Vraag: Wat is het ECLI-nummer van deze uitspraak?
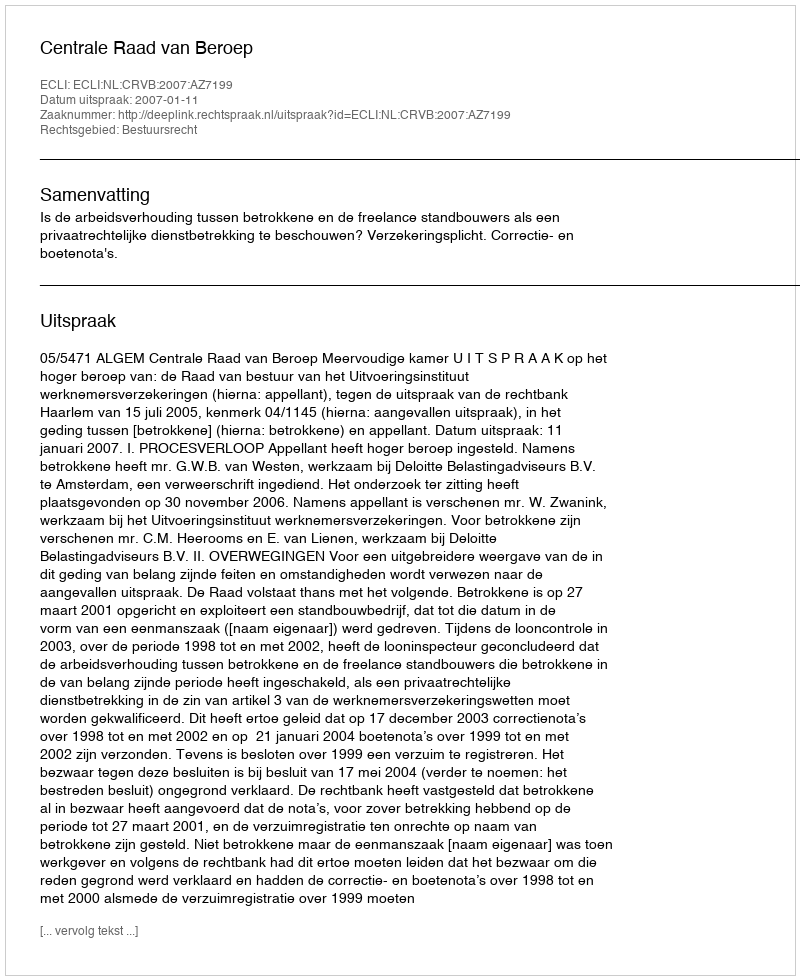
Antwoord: ECLI:NL:CRVB:2007:AZ7199